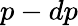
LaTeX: p-dp